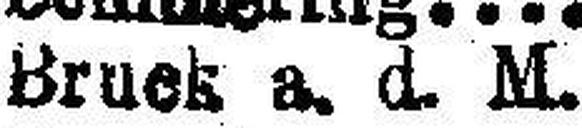
Bruck a. d. M.